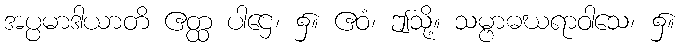
အပ္ပမာဒါယာတိ ဧတ္ထ ပါဌေ၊ ၌။ ဧဝံ၊ ဤသို့။ သမ္ဗာဓဃရာဝါသေ၊ ၌။